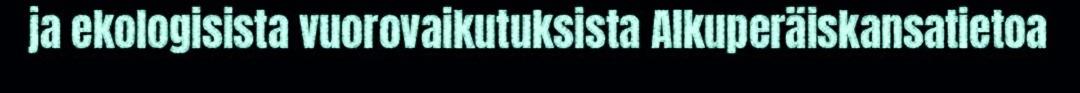
ja ekologisista vuorovaikutuksista Alkuperäiskansatietoa